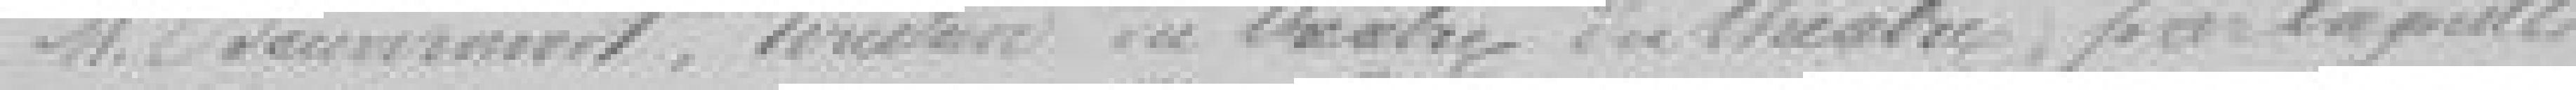
M. Beuvrant, directeur du théâtre, par laquelle